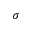
\sigma